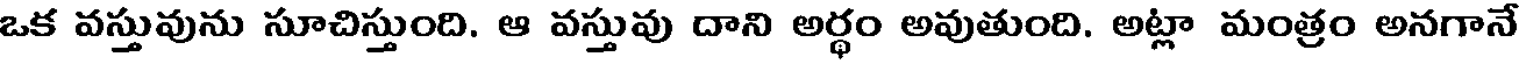
ఒక వస్తువును సూచిస్తుంది. ఆ వస్తువు దాని అర్థం అవుతుంది. అట్లా మంత్రం అనగానే